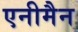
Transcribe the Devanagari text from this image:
एनीमैन